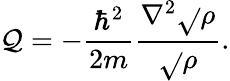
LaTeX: \mathcal{Q}=-{\frac{{\hbar^{2}}}{{2m}}}{\frac{{\nabla^{2}{\sqrt{}{{\rho}}}}}{{\sqrt{}{{\rho}}}}}.